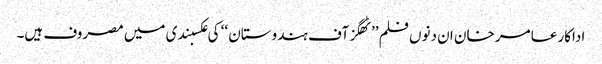
اداکار عامر خان ان دنوں فلم ’’ٹھگز آف ہندوستان ‘‘ کی عکسبندی میں مصروف ہیں۔